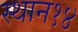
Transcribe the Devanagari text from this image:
स्थान१४